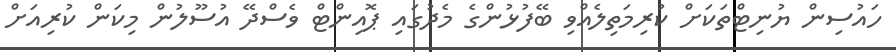
ހައުސިން ޔުނިޓްތަކަށް ކުރިމަތިލެއްވި ބޭފުޅުންގެ މެދުގައި ޕޮއިންޓް ވެސްދޭ އުސޫލުން މިކަން ކުރިއަށް